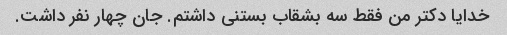
خدایا دکتر من فقط سه بشقاب بستنی داشتم. جان چهار نفر داشت.